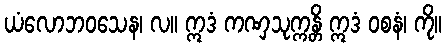
ယံလောဘဝသေန၊ လ။ ဣဒံ ကဏှသုက္ကန္တိ ဣဒံ ဝစနံ၊ ကို။